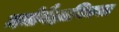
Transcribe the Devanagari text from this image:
मनोवैज्ञानिकता